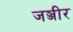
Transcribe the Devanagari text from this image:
जञ्जीर